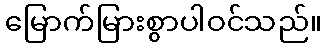
မြောက်မြားစွာပါဝင်သည်။